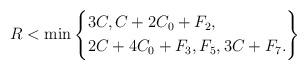
LaTeX: \begin{align*} R < \min\left\{\begin{aligned}&3C ,C + 2C_0 + F_2, \\&2C + 4C_0 + F_3, F_5 ,3C + F_7.\end{aligned}\right\}\end{align*}